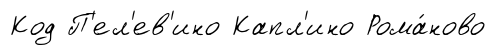
Код П'ел'ев'ино Капл'ино Рома́ново